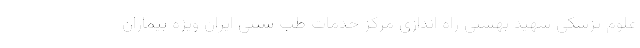
علوم پزشکی شهید بهشتی راه اندازی مرکز خدمات طب سنتی ایران ویژه بیماران